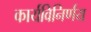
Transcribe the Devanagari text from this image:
कार्यविनिर्णय